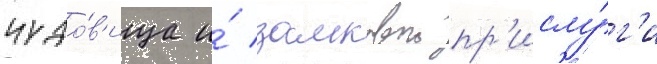
чудо́в'ища и́ замковои пр'ислу́г'и